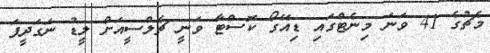
މެޗުގެ 41 ވަނަ މިނެޓްގައި ޑިއޭގޯ ކޮސްޓާ ވަނީ ޗެލްސީއަށް ލީޑު ނަގަދީފަ